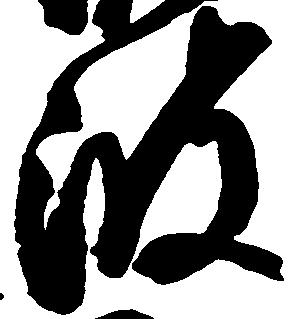
波